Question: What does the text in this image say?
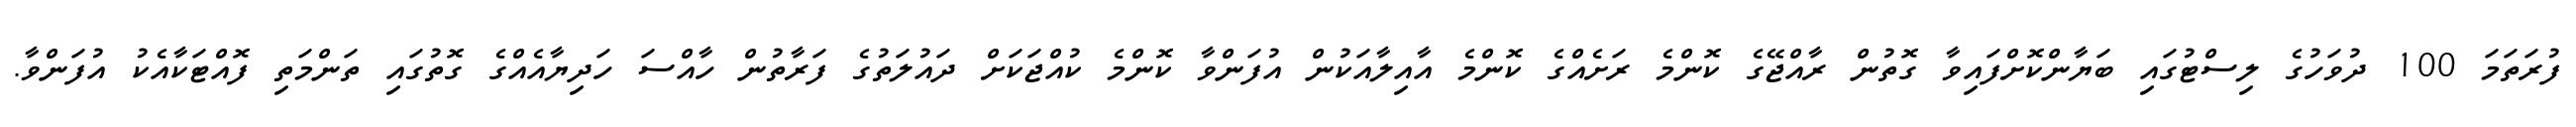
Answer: ފުރަތަމަ 100 ދުވަހުގެ ލިސްޓުގައި ބަޔާންކޮށްފައިވާ ގޮތުން ރާއްޖޭގެ ކޮންމެ ރަށެއްގެ ކޮންމެ އާއިލާއަކުން އުފަންވާ ކޮންމެ ކުއްޖަކަށް ދައުލަތުގެ ފަރާތުން ހާއްސަ ހަދިޔާއެއްގެ ގޮތުގައި ތަންމަތި ފޮއްޓަކާއެކު އުފަންވާ.